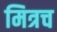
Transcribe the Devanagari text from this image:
मित्रच